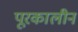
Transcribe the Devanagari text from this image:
पूरकालीन